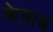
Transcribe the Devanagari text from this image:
केबाब